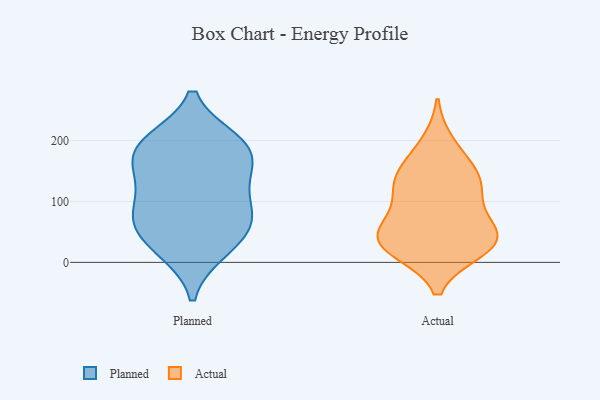
{"axis": {"x": "Inventory Turnover", "y": "Value"}, "legend": ["Actual", "Planned"], "data": [{"x": "", "y": 55, "type": "Planned"}, {"x": "", "y": 18, "type": "Planned"}, {"x": "", "y": 63, "type": "Planned"}, {"x": "", "y": 200, "type": "Planned"}, {"x": "", "y": 68, "type": "Planned"}, {"x": "", "y": 100, "type": "Planned"}, {"x": "", "y": 189, "type": "Planned"}, {"x": "", "y": 19, "type": "Planned"}, {"x": "", "y": 197, "type": "Planned"}, {"x": "", "y": 196, "type": "Planned"}, {"x": "", "y": 159, "type": "Planned"}, {"x": "", "y": 154, "type": "Planned"}, {"x": "", "y": 145, "type": "Planned"}, {"x": "", "y": 109, "type": "Planned"}, {"x": "", "y": 71, "type": "Planned"}, {"x": "", "y": 101, "type": "Actual"}, {"x": "", "y": 126, "type": "Actual"}, {"x": "", "y": 28, "type": "Actual"}, {"x": "", "y": 60, "type": "Actual"}, {"x": "", "y": 128, "type": "Actual"}, {"x": "", "y": 21, "type": "Actual"}, {"x": "", "y": 138, "type": "Actual"}, {"x": "", "y": 158, "type": "Actual"}, {"x": "", "y": 47, "type": "Actual"}, {"x": "", "y": 47, "type": "Actual"}, {"x": "", "y": 25, "type": "Actual"}, {"x": "", "y": 37, "type": "Actual"}, {"x": "", "y": 194, "type": "Actual"}]}